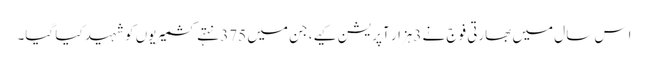
اِس سال میں بھارتی فوج نے 3ہزار آپریشن کیے، جن میں 375 نہتے کشمیریوں کو شہید کیا گیا۔